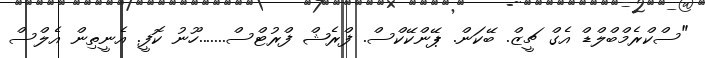
"ސްކްރެމްބްލްޑް އެގް ޗީޒް. ބޭކަން. ޕޭންކޭކްސް. ފްރެޝް ފްރުޓްސް.......ހޫނު ކޮފީ. އެނީތިން އެލްސް